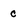
Character: c